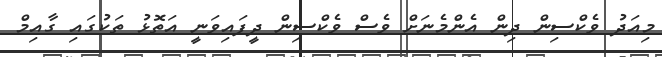
މިއަދު ވެކްސިން ދިން އެންމެނަށް ވެސް ވެކްސިން ދީފައިވަނީ އަތޮޅު ތަކުގައި ގާއިމް